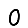
Digit: 0